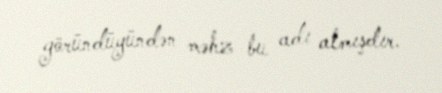
göründüyündən məhz bu adı almışdır.